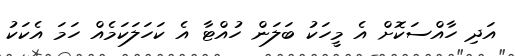
އަދި ހާއްސަކޮށް އެ މީހަކު ބަލަން ހުއްޓާ އެ ކަހަލަކަމެއް ހަމަ އެކަކު